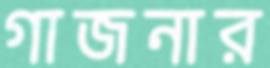
গাজনার